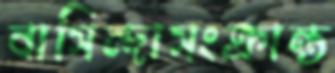
বাসিন্দাসংক্রান্ত